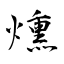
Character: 燻